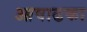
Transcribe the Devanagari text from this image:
आषाढका